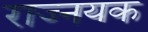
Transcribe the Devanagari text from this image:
राज्नयक